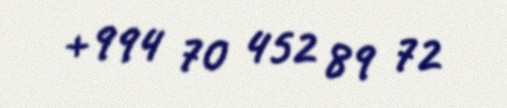
+994 70 452 89 72